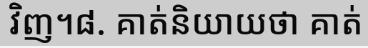
វិញ។៨. គាត់និយាយថា គាត់